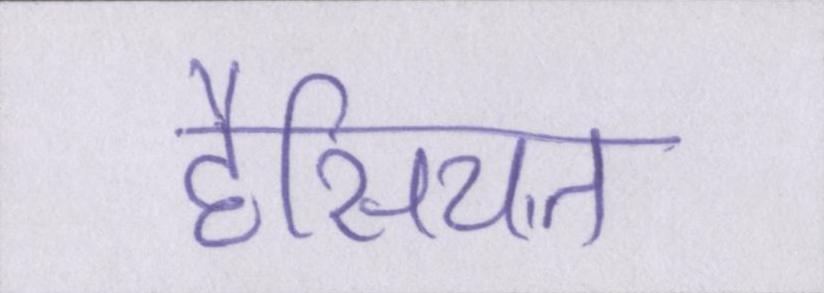
हैसियत